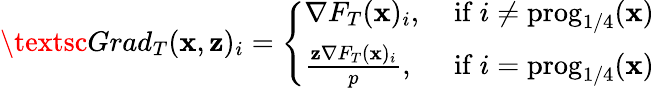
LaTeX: \begin{array}{r}{\textsc{Grad}_{T}({\mathbf x},{\mathbf z})_{i}=\left\{ \begin{array}{ll}{\nabla F_{T}({\mathbf x})_{i},}&{\mathrm{~if~}i\ne\mathrm{prog}_{1/4}({\mathbf x})}\\ {\frac{{\mathbf z}\nabla F_{T}({\mathbf x})_{i}}{p},}&{\mathrm{~if~}i=\mathrm{prog}_{1/4}({\mathbf x})}\end{array}\right.}\end{array}